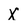
Character: X